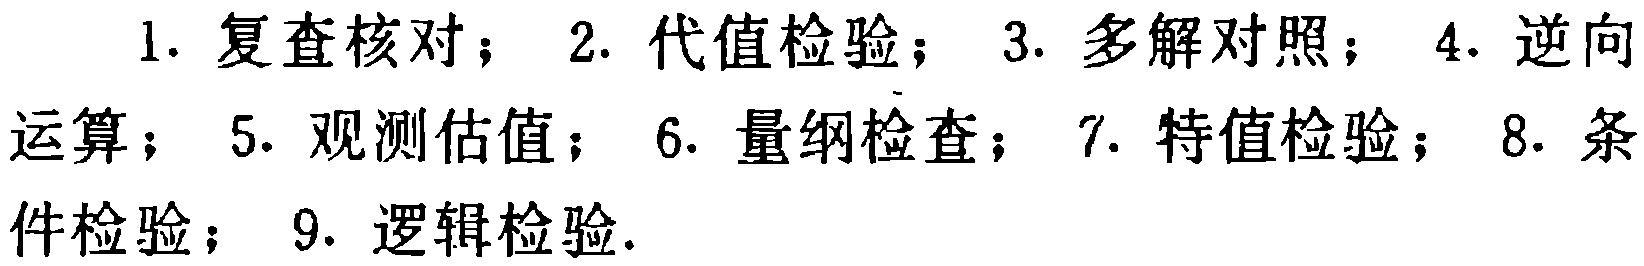
1. 复查核对； 2. 代值检验； 3. 多解对照； 4. 逆向
运算； 5. 观测估值； 6. 量纲检查； 7. 特值检验； 8. 条
件检验； 9. 逻辑检验.